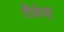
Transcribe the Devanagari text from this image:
टौलेमी